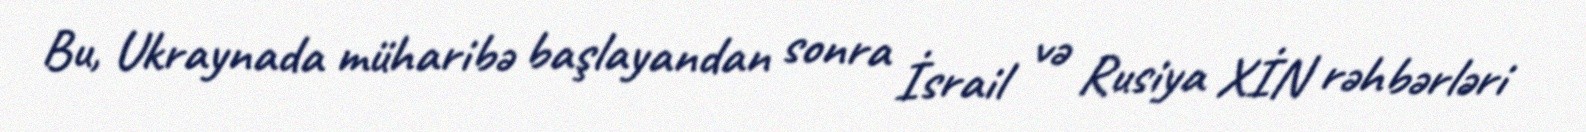
Bu, Ukraynada müharibə başlayandan sonra İsrail və Rusiya XİN rəhbərləri